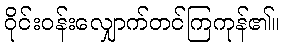
ဝိုင်းဝန်းလျှောက်တင်ကြကုန်၏။